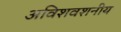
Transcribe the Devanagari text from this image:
अविशवशनीय